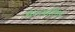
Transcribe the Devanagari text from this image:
मेळ्यांतील